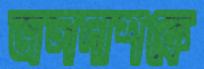
জলদাশকে